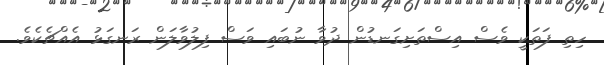
ހިތި ފަތަކީ ވެސް އިސްތަށިގަނޑުން ދުވާ ނުބައި ވަސް ފިލުވާލަން ރަނގަޅު އެއްޗެކެވެ.